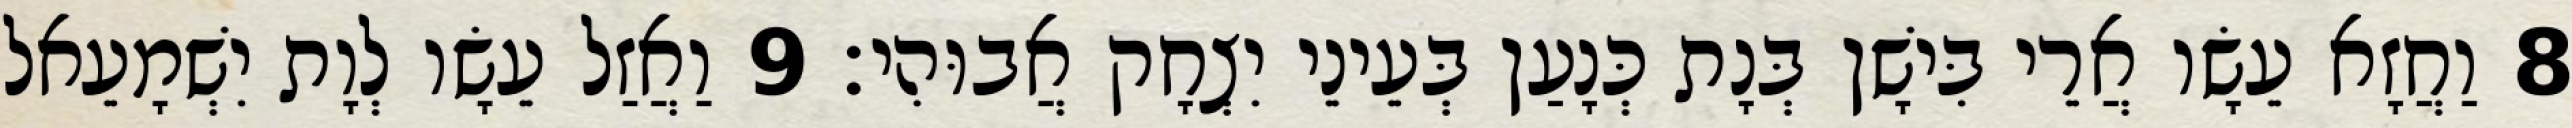
8 וַחֲזָא עֵשָׂו אֲרֵי בִּישָׁן בְּנָת כְּנָעַן בְּעֵינֵי יִצְחָק אֲבוּהִי׃ 9 וַאֲזַל עֵשָׂו לְוָת יִשְׁמָעֵאל